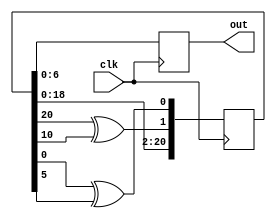
module Random_Generator(
		input clk,
		output reg [6:0] out
);
		reg [20:0] random;
		initial random = ~(20'b0);
		reg [20:0] next_random;
		wire link1;
		wire link2;
		
		//using XOR shift to produce random generator
		assign link1 = random[20] ^ random[10];
		assign link2 = random[0] ^ random[5];
		
		always @ (posedge clk)
	 begin
		random <= next_random;
		out = random[6:0];
	 end
	 
	 always @ (*)
	 begin
		next_random = {random[18:0], link1, link2};
	 end
endmodule